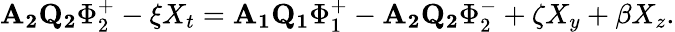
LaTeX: \mathbf{A_{2}Q_{2}}\Phi_{2}^{+}-\xi X_{t}=\mathbf{A_{1}Q_{1}}\Phi_{1}^{+}-\mathbf{A_{2}Q_{2}}\Phi_{2}^{-}+\zeta X_{y}+\beta X_{z}.